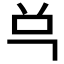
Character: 𰇈